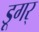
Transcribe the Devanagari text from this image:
डूगर्